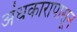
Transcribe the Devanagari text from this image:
अंधकारापासून